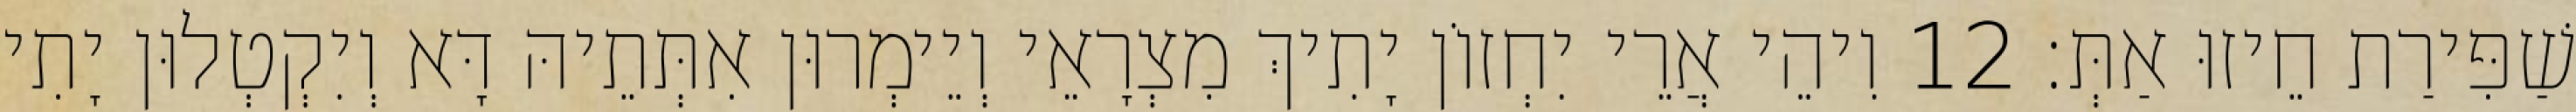
שַׁפִּירַת חֵיזוּ אַתְּ׃ 12 וִיהֵי אֲרֵי יִחְזוֹן יָתִיךְ מִצְרָאֵי וְיֵימְרוּן אִתְּתֵיהּ דָּא וְיִקְטְלוּן יָתִי